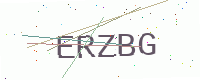
Text: ERZBG